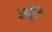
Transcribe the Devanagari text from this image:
अहीन